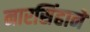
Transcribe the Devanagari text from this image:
नारसिंहाने